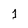
Character: 1